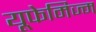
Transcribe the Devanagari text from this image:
यूफेमिज्म